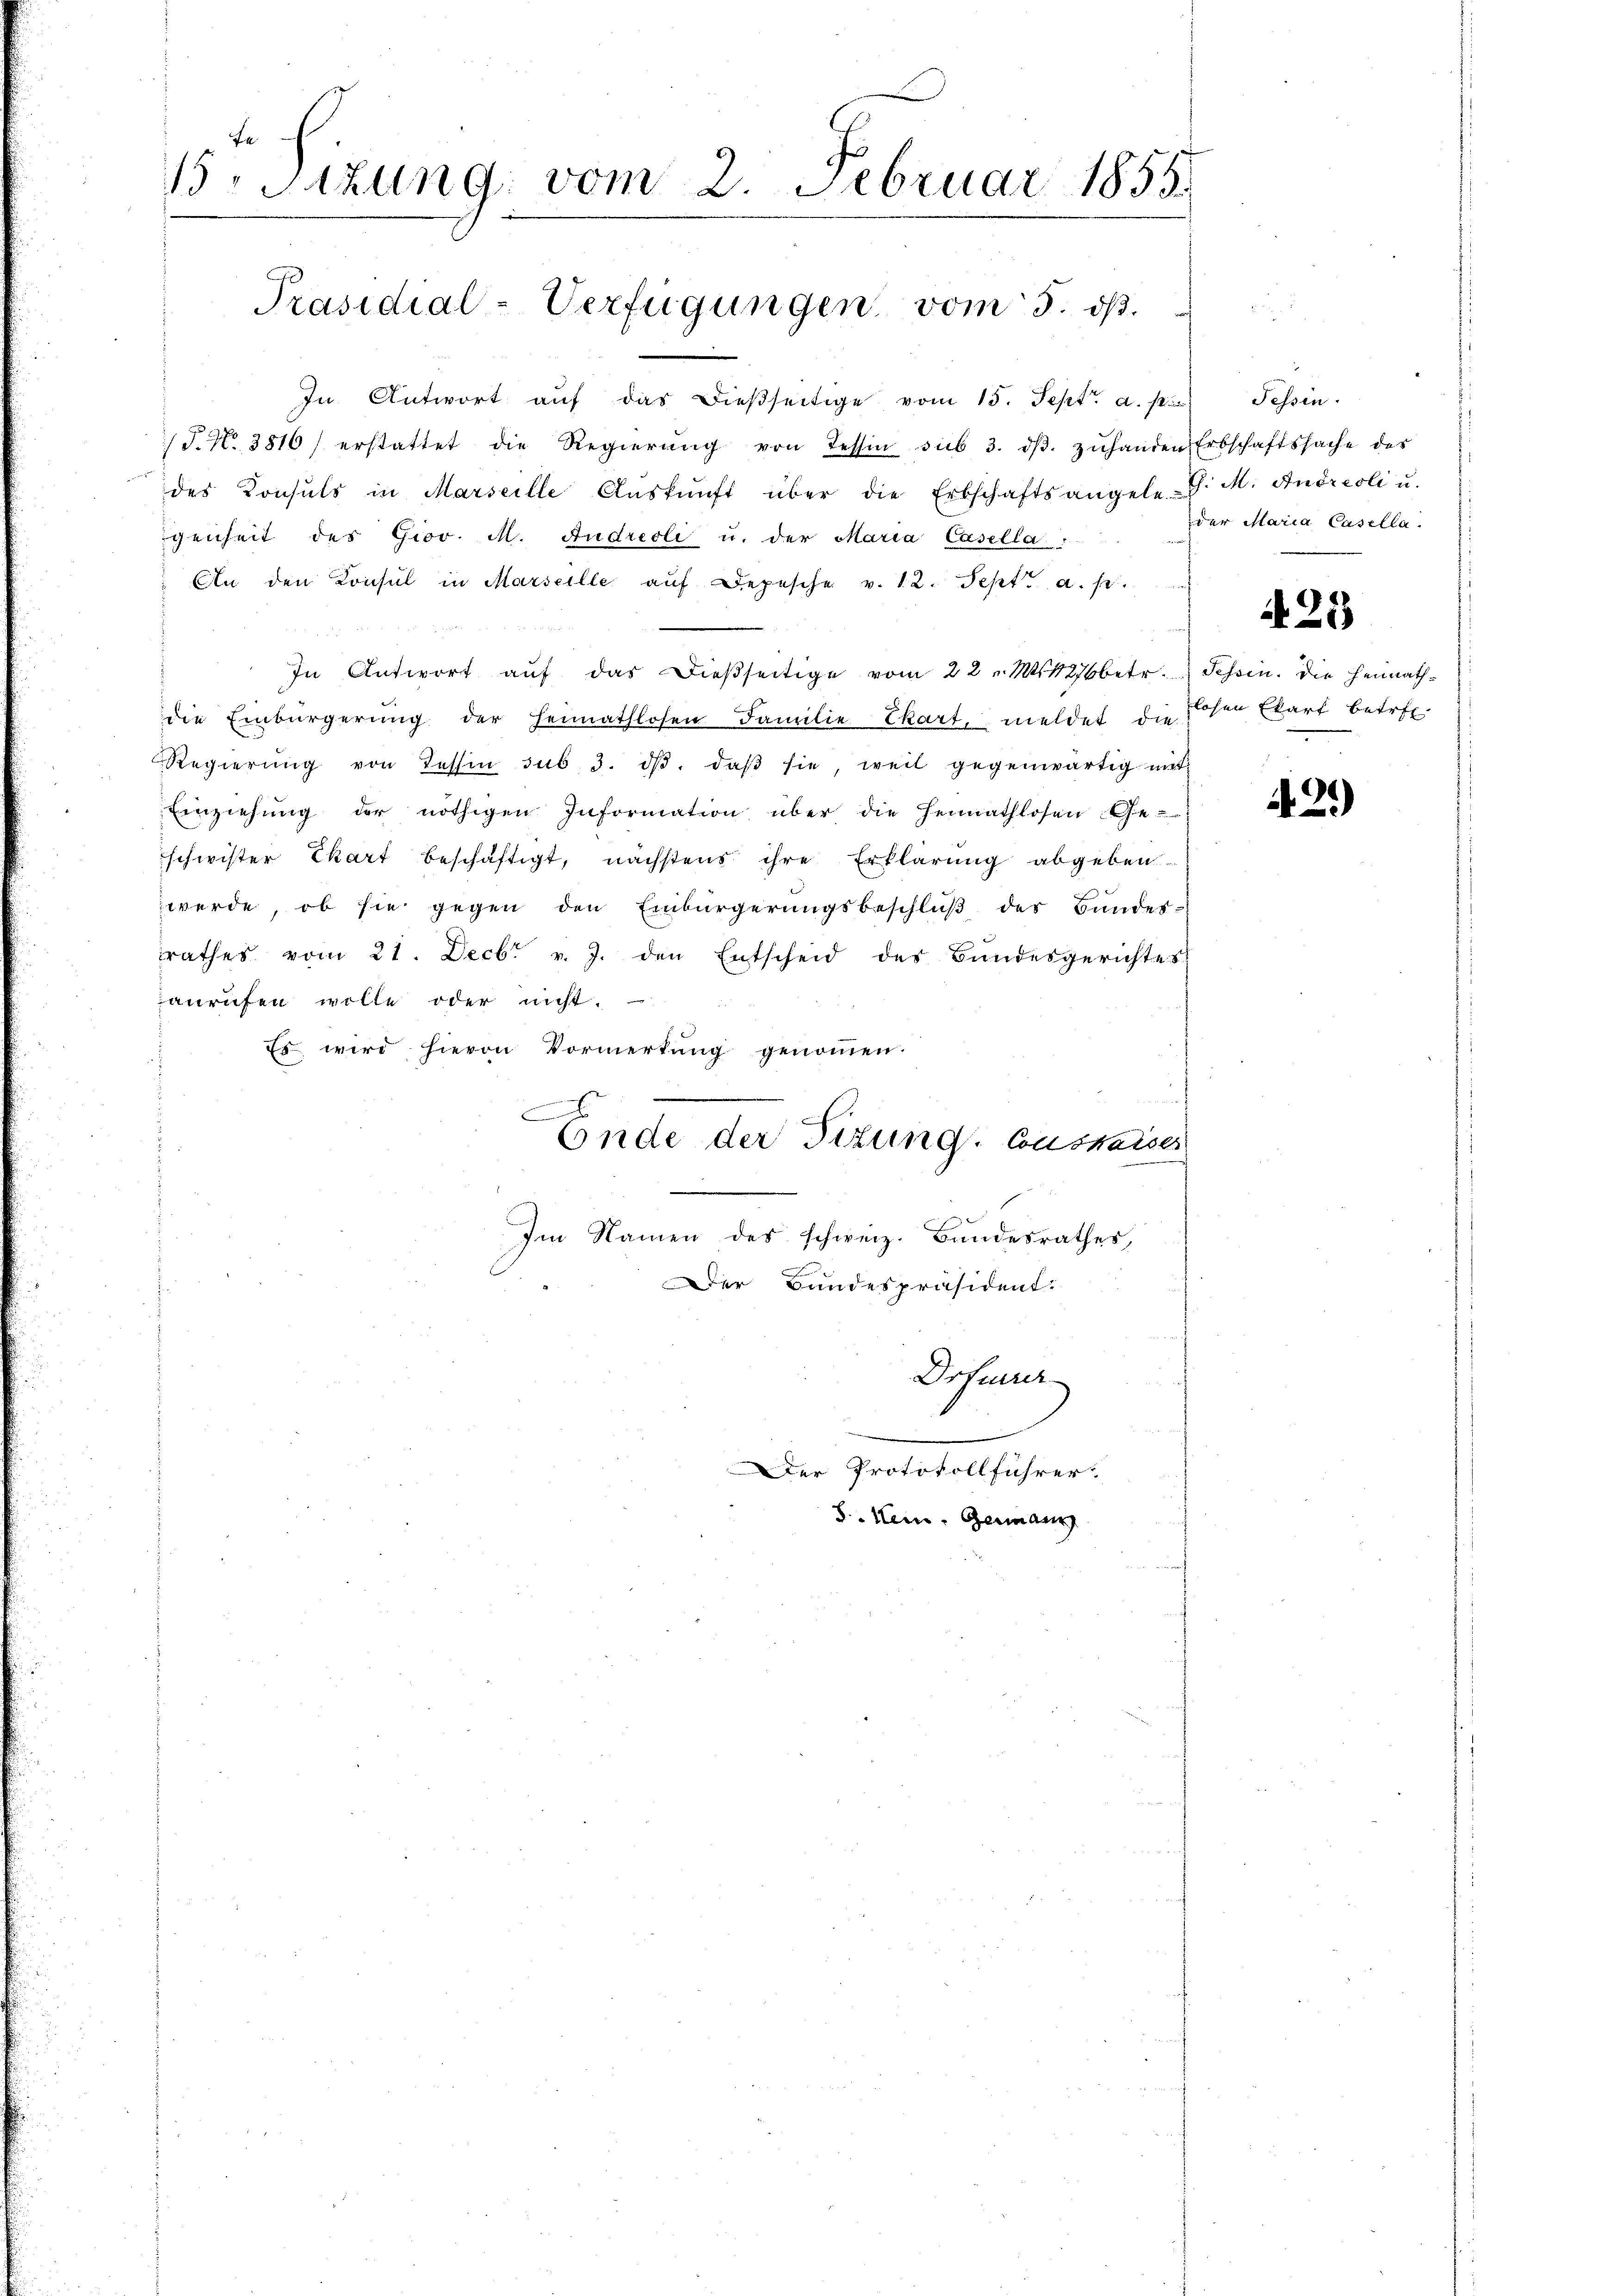
Fa
B. Sitzung vom 2. Februar 1855.

Präsidial-Verfügungen vom 5. ds.

In Antwort aŭf das dieβseitige vom 15. Sept. a. p. Tessin.
/J. N. 3816) erstattet die Regierŭng von Tessin sub 3. dβ. zŭhanden Erbschaftssache des
des Konsuls in Marseille Aŭskŭnft über die Erbschaftsangele-S. M. Andreoli u.
genheit des Giov. M. Andreoli u. der Maria Casella
An den Konsul in Marseille aŭf Depesche v. 12. Sept. a. p.
In Antwort aŭf das dieβseitige vom 22. M. 1876 betr. Tessin. Die Heimathdie Einbürgerung der Heimathlosen Familie Ekart, meldet die hohen Ekart betret
Regierŭng von Tessin sub. 3. dβ. daβ sie, weil gegenwärtig mit
Einziehung der nöthigen Information über die Heimathlosen Ge-
schwister Ekart beschäftigt, nächstens ihre Erklärung abgeben
werde, ob sie gegen den Einbürgerŭngsbeschlŭβ des Bŭndes-
rathes vom 21. Decbr. v. J. den Entscheid des Bundesgerichtes
anrufen wolle oder nicht.
Es wird hievon Vormerkŭng genoṁen.
vereien, wenig
x
Ende der Titung. Conskaiser
e
Im Namen des schweiz. Bundesrathes,
Der Bundespräsident.
Drfeuerer

Der Protokollführer
S. Nein, Germann

der Maria Casella.

425

429)